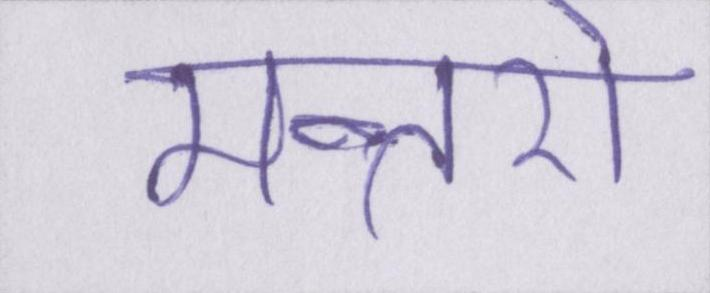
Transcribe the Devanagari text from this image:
मन्तरो